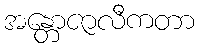
အန္တောဇာလီကတာ